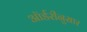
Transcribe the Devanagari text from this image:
ऑर्डरीनुसार